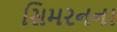
સિમરનના